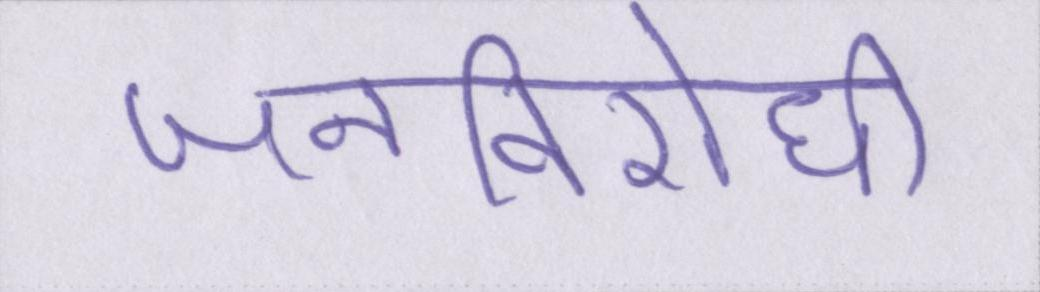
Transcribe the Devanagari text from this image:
जनविरोधी